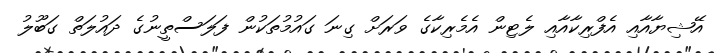
އޭޝިޔާއާއި އެފްރިކާއާއި ލެޓިން އެމެރިކާގެ ވަރަށް ގިނަ ގައުމުތަކުން ފަލަސްތީނުގެ ދައުލަތް ގަބޫލު